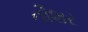
નૌશર